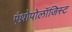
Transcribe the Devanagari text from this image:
एंथ्रोपोलॉजिस्ट